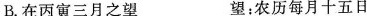
B.在丙寅三月之望 望：农历每月十五日